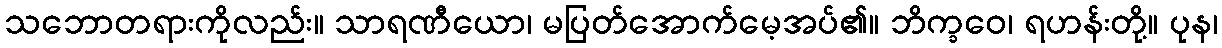
သဘောတရားကိုလည်း။ သာရဏီယော၊ မပြတ်အောက်မေ့အပ်၏။ ဘိက္ခဝေ၊ ရဟန်းတို့။ ပုန၊